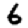
Digit: 6